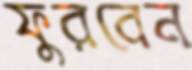
ফুরবেন